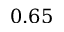
0 . 6 5